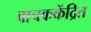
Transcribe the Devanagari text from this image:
वाचककेंद्रित